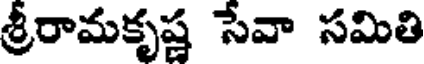
శ్రీరామకృష్ణ సేవా సమితి